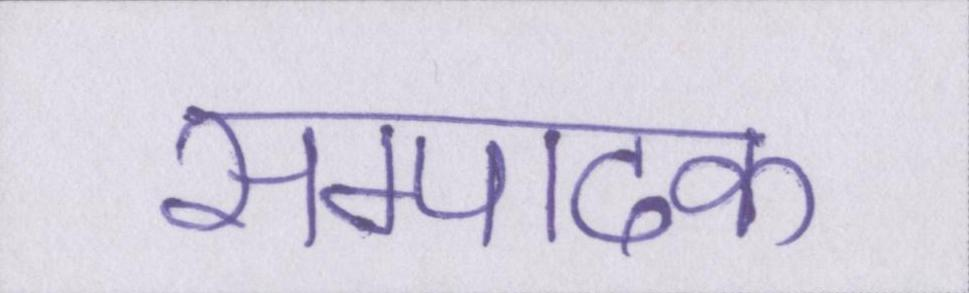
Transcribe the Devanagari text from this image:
सम्पादक